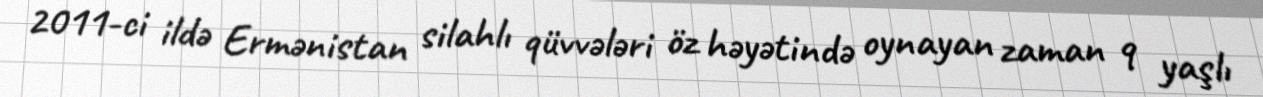
2011-ci ildə Ermənistan silahlı qüvvələri öz həyətində oynayan zaman 9 yaşlı